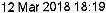
12 MAR 2018 18:19